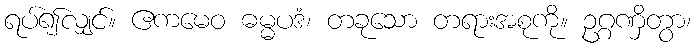
ရပ်၍လျှင်။ ဧကမေဝ ဓမ္မပဒံ၊ တခုသော တရားအစုကို။ ဥဂ္ဂဏှိတွာ၊